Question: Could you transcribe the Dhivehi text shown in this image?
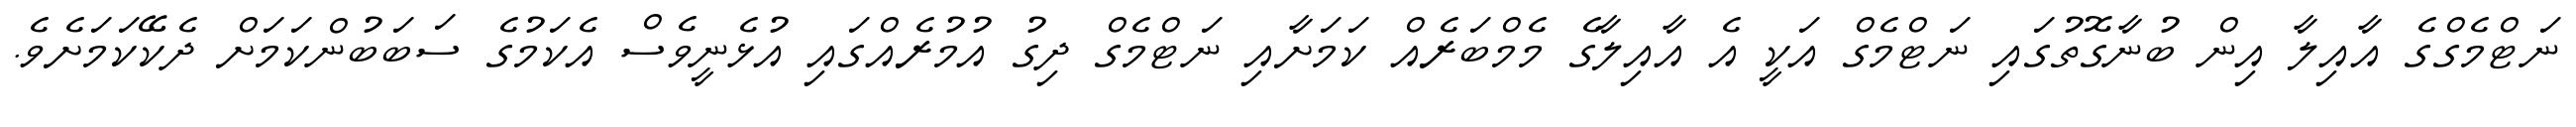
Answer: ނަޓްމެގްގެ އާއިލާ އިން ބުނާގޮތުގައި ނަޓްމެގް އަކީ އެ އާއިލާގެ މެމްބަރެއް ކަމަށާއި ނަޓްމެގް ދިގު އުމުރެއްގައި އުޅެނީވެސް އެކަމުގެ ސަބަބުންކަމަށް ދެކޭކަމަށެވެ.